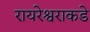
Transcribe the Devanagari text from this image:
रायरेश्वराकडे